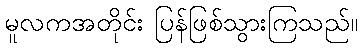
မူလကအတိုင်း ပြန်ဖြစ်သွားကြသည်။